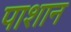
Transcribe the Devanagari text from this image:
पाशान